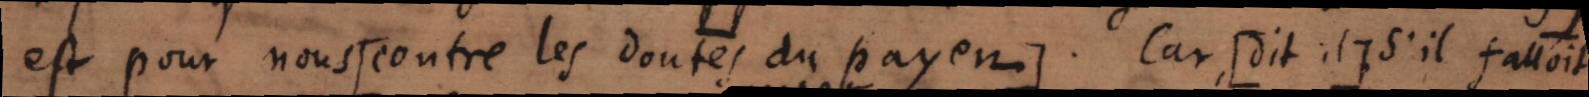
est pour nous [ contre les doutes du payen ]. Car [ dit il ], s’il falloit